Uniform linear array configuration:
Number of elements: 16
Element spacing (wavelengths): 0.75
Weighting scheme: binomial
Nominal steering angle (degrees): -30
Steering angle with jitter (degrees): -28.133
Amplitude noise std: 0.05
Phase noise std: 0.05

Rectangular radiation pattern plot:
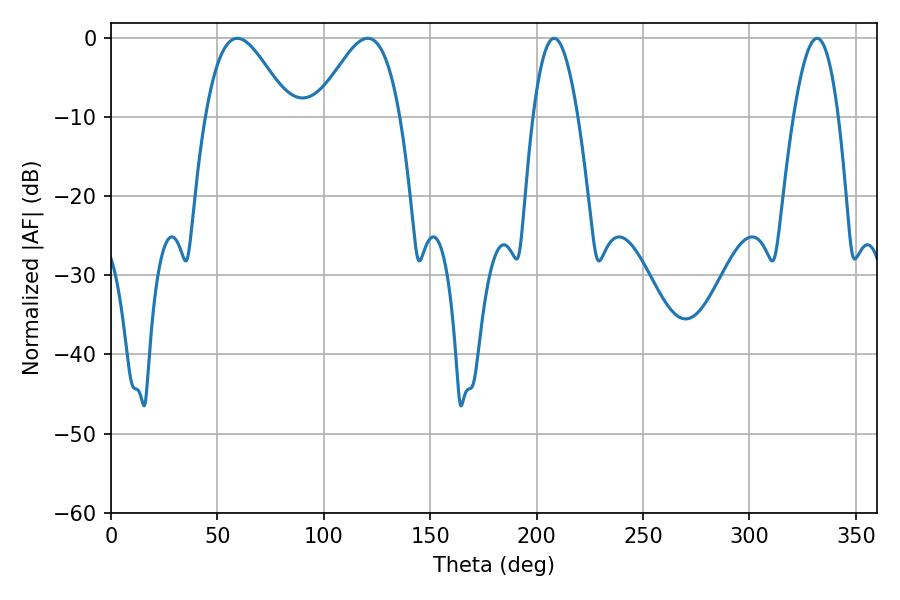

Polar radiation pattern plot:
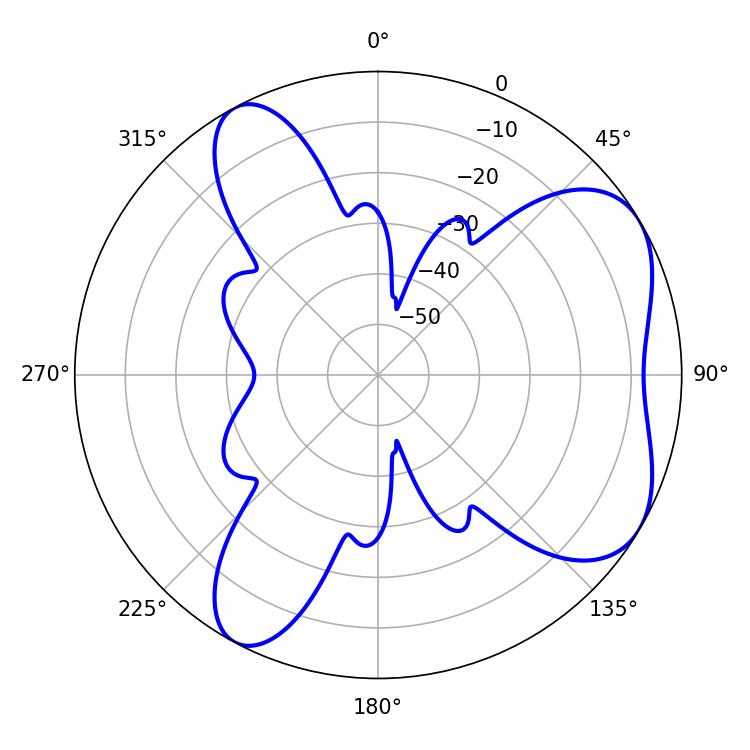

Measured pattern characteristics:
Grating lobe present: TRUE
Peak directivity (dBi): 5.776
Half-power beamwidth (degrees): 21.06
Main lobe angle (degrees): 59.4